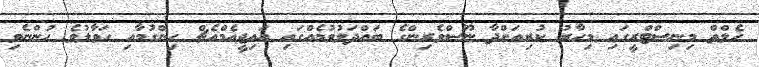
ހެލްތް މިނިސްޓްރީގައި މިހާރު ކުރިއަށްދާ ނޫސްވެރިންގެ ބައްދަލުވުމެއްގައި އައިޖީއެމްއެޗް ހިންގުމާއި ހަވާލުވެ ހުންނެވި